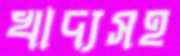
খাদ্যসহ